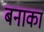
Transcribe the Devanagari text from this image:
बनाका